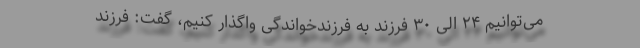
می‌توانیم ۲۴ الی ۳۰ فرزند به فرزندخواندگی واگذار کنیم، گفت: فرزند